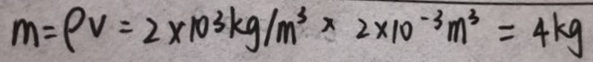
m = \rho v = 2 \times 1 0 ^ { 3 } k g / m ^ { 3 } \times 2 \times 1 0 ^ { - 3 } m ^ { 3 } = 4 k g